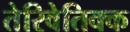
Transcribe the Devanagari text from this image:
तेरिवेतिक्क